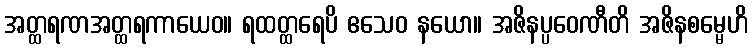
အတ္ထရဏအတ္ထရကာယေဝ။ ရထတ္ထရေပိ ဧသေဝ နယော။ အဇိနပ္ပဝေဏီတိ အဇိနစမ္မေဟိ